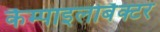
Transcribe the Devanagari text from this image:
कैम्पाइलोबैक्टर